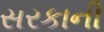
સરકાની